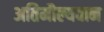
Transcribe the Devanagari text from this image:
अतिमौल्यवान